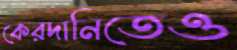
কেরদানিতেও